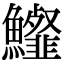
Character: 𩽍